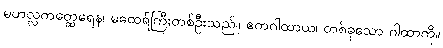
မဟလ္လကတ္ထေရေန၊ မထေရ်ကြီးတစ်ဦးသည်။ ဧကဂါထာယ၊ တစ်ခုသော ဂါထာကို။